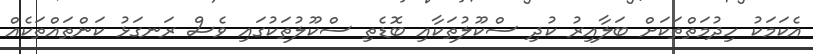
އެކަމަކު ހިދުމަތްތަކަށް ބަލާއިރު ކުދި ސްކޫލުތަކާއި ބޮޑެތި ސްކޫލުތަކުގައި ވެސް ރަނގަޅު ކަންތައްތަކެއް